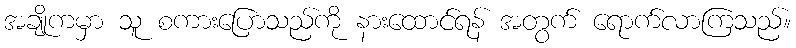
အချိုကမှာ သူ စကားပြောသည်ကို နားထောင်ရန် အတွက် ရောက်လာကြသည်။